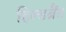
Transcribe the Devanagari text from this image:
हिल्डब्रैंड